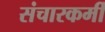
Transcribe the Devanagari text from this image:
संचारकर्मी